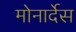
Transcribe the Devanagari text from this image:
मोनार्देस